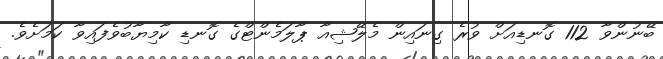
ބޭނުންވާ 112 ގޮނޑިއަށް ވުރެ ގިނައިން މެލޭޝިއާ ޕާލަމެންޓްގެ ގޮނޑި ކާމިޔާބުވެފައިވާ ކަމަށެވެ.